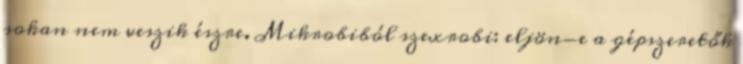
sokan nem veszik észre. Mikrobiból szexrobi: eljön-e a gépszeretők